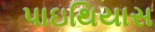
પાઇથિયાસ